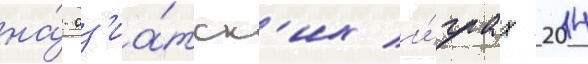
на́ аз'иа́тск'их и́грах 2014